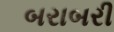
બરાબરી